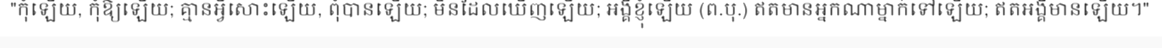
"កុំឡើយ, កុំឱ្យឡើយ; គ្មានអ្វីសោះឡើយ, ពុំបានឡើយ; មិនដែលឃើញឡើយ; អង្គឺខ្ញុំឡើយ (ព.បុ.) ឥតមានអ្នកណាម្នាក់ទៅឡើយ; ឥតអង្គឺមានឡើយ។"